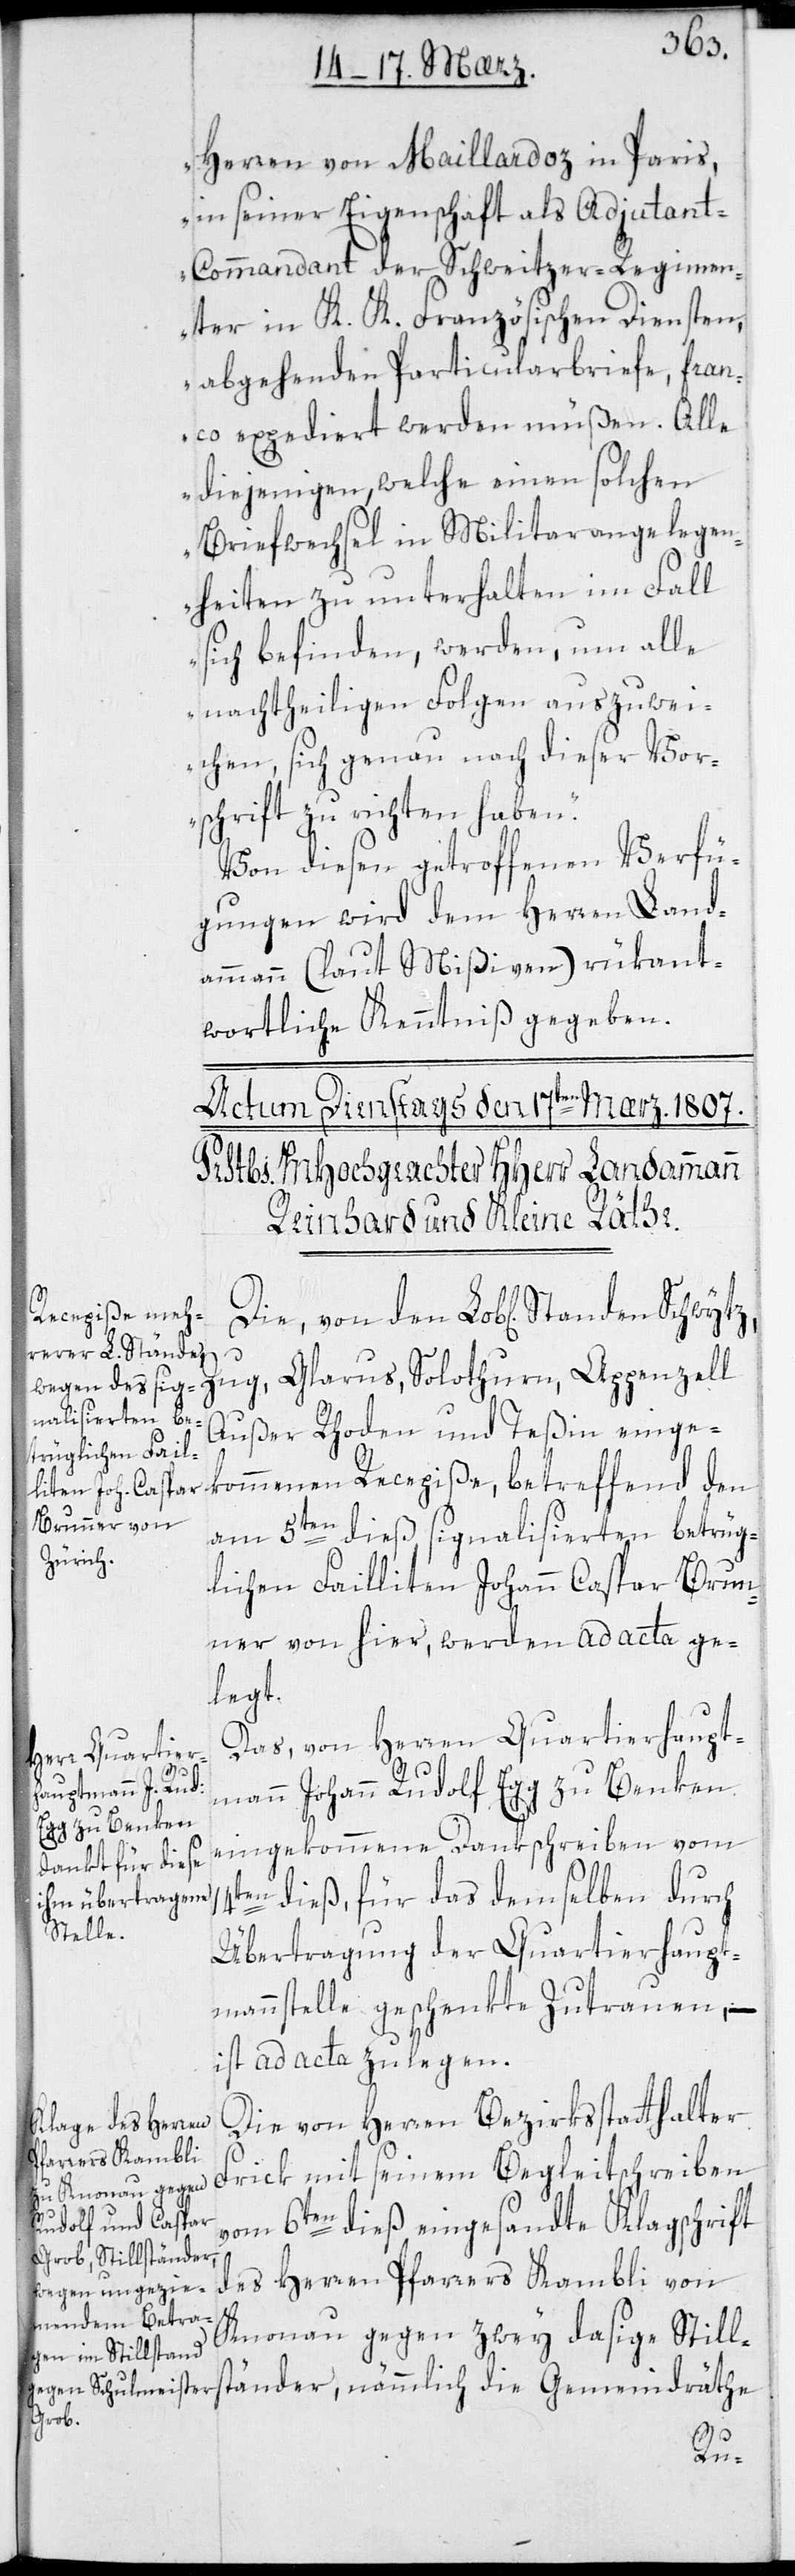
Herren von Maillardoz in Paris,
in seiner Eigenschaft als Adjudan¬
t-Commandant der Schweitzer-Regimen¬
ter in K. K. Französischen Diensten,
abgehenden Particularbriefe, fran¬
co expediert werden müßen. Alle
diejenigen, welche einen solchen
Briefwechsel in Militar-Angelegen¬
heiten zu unterhalten im Fall
sich befinden, werden, um alle
nachtheiligen Folgen auszuwei¬
chen, sich genau nach dieser Vor¬
schrift zu richten haben“.
Von diesen getroffenen Verfü¬
gungen wird dem Herren Land¬
ammann (laut Mißiven) rükant¬
wortliche Kenntniß gegeben.
Außer Rhoden und Teßin einge¬
kommenen Recepiße, betreffend den
am 5ten dieß, signalisierten betrüg¬
lichen Failliten Johann Caspar Brun¬
ner von hier, werden ad acta ge¬
legt.
Das von Herren Quartierhaupt¬
mann Johann Rudolf Egg zu Benken
eingekommene Dankschreiben vom
en dieß, für das demselben durch
Übertragung der Quartierhaupt¬
mannstelle geschenkte Zutrauen, –
ist ad acta zu legen.
Die von Herren Bezirksstatthalter
Frick mit seinem Begleitschreiben
vom 6ten dieß eingesandte Klagschrift
des Herren Pfarrers Kambli von
Knonau gegen zwey dasige Still¬
ständer, nämmlich die Gemeindräthe
14t¬